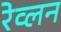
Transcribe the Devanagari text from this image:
रेव्लन